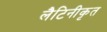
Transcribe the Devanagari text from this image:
लैटिनीकृत